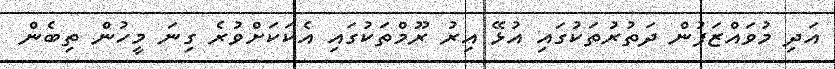
އަދި މުވައްޒަފުން ދަތުރުތަކުގައި އުޅޭ އިރު ރޫމްތަކުގައި އެކަކަށްވުރެ ގިނަ މީހުން ތިބެން